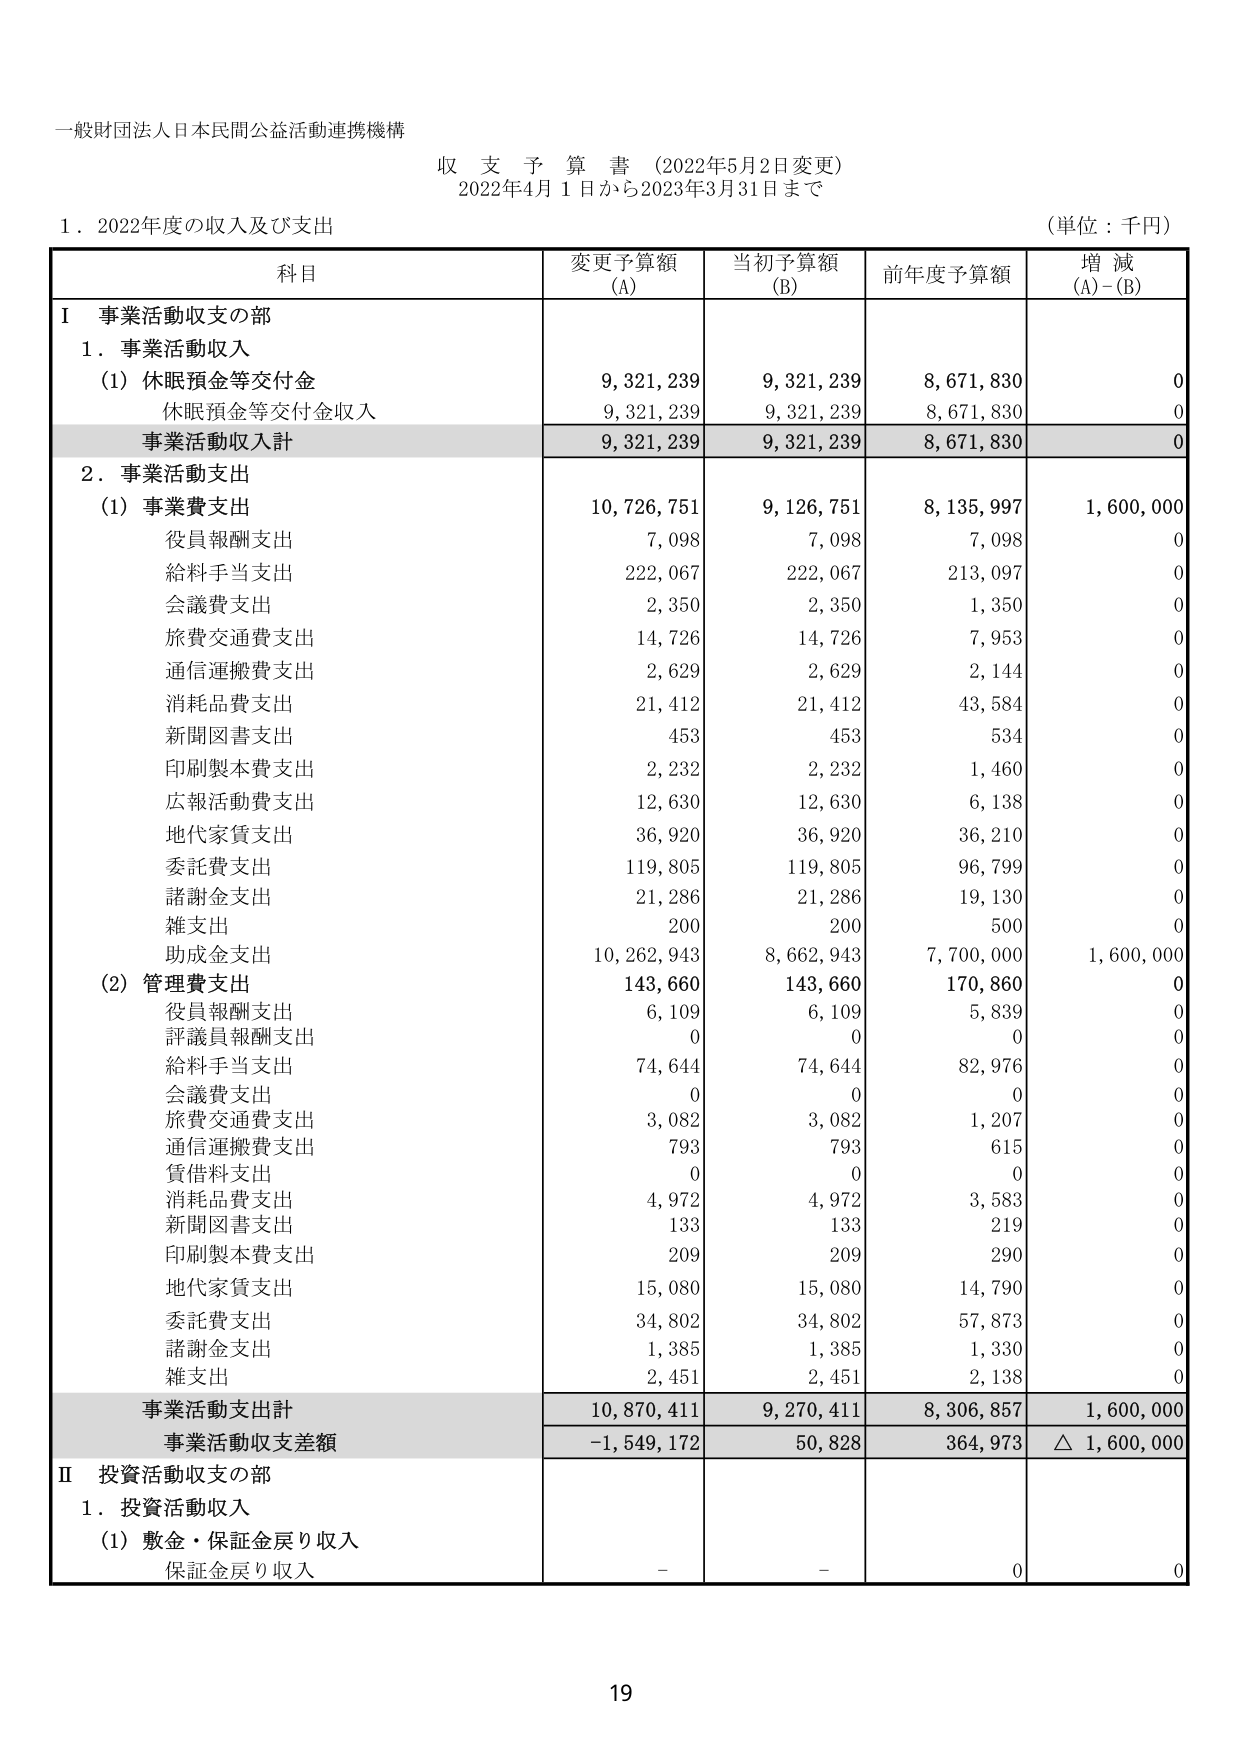
一般財団法人日本民間公益活動連携機構
収支予算書（2022年5月2日変更）
2022年4月1日から2023年3月31日まで

1．2022年度の収入及び支出
（単位：千円）

科目　　　　　　　　　　　　　　　変更予算額（A）　当初予算額（B）　前年度予算額　増減（A）-（B）

Ⅰ 事業活動収支の部
1．事業活動収入
　（1）休眠預金等交付金　　　　　　9,321,239　　　9,321,239　　　8,671,830　　　0
　　　休眠預金等交付金収入　　　　9,321,239　　　9,321,239　　　8,671,830　　　0
　事業活動収入計　　　　　　　　　9,321,239　　　9,321,239　　　8,671,830　　　0

2．事業活動支出
　（1）事業費支出　　　　　　　　　10,726,751　　　9,126,751　　　8,135,997　　　1,600,000
　　　役員報酬支出　　　　　　　　7,098　　　　　7,098　　　　　7,098　　　　　0
　　　給料手当支出　　　　　　　　222,067　　　　222,067　　　　213,097　　　　0
　　　会議費支出　　　　　　　　　2,350　　　　　2,350　　　　　1,350　　　　　0
　　　旅費交通費支出　　　　　　　14,726　　　　14,726　　　　　7,953　　　　　0
　　　通信運搬費支出　　　　　　　2,629　　　　　2,629　　　　　2,144　　　　　0
　　　消耗品費支出　　　　　　　　21,412　　　　21,412　　　　43,584　　　　　0
　　　新聞図書支出　　　　　　　　453　　　　　　453　　　　　　534　　　　　　0
　　　印刷製本費支出　　　　　　　2,232　　　　　2,232　　　　　1,460　　　　　0
　　　広報活動費支出　　　　　　　12,630　　　　12,630　　　　6,138　　　　　0
　　　地代家賃支出　　　　　　　　36,920　　　　36,920　　　　36,210　　　　　0
　　　委託費支出　　　　　　　　　119,805　　　　119,805　　　　96,799　　　　　0
　　　諸謝金支出　　　　　　　　　21,286　　　　21,286　　　　19,130　　　　　0
　　　雑支出　　　　　　　　　　　200　　　　　　200　　　　　　500　　　　　　0
　　　助成金支出　　　　　　　　　10,262,943　　　8,662,943　　　7,700,000　　　1,600,000
　（2）管理費支出　　　　　　　　　143,660　　　　143,660　　　　170,860　　　　0
　　　役員報酬支出　　　　　　　　6,109　　　　　6,109　　　　　5,839　　　　　0
　　　評議員報酬支出　　　　　　　0　　　　　　　0　　　　　　　0　　　　　　　0
　　　給料手当支出　　　　　　　　74,644　　　　74,644　　　　82,976　　　　　0
　　　会議費支出　　　　　　　　　0　　　　　　　0　　　　　　　0　　　　　　　0
　　　旅費交通費支出　　　　　　　3,082　　　　　3,082　　　　　1,207　　　　　0
　　　通信運搬費支出　　　　　　　793　　　　　　793　　　　　　615　　　　　　0
　　　賃借料支出　　　　　　　　　0　　　　　　　0　　　　　　　0　　　　　　　0
　　　消耗品費支出　　　　　　　　4,972　　　　　4,972　　　　　3,583　　　　　0
　　　新聞図書支出　　　　　　　　133　　　　　　133　　　　　　219　　　　　　0
　　　印刷製本費支出　　　　　　　209　　　　　　209　　　　　　290　　　　　　0
　　　地代家賃支出　　　　　　　　15,080　　　　15,080　　　　14,790　　　　　0
　　　委託費支出　　　　　　　　　34,802　　　　34,802　　　　57,873　　　　　0
　　　諸謝金支出　　　　　　　　　1,385　　　　　1,385　　　　　1,330　　　　　0
　　　雑支出　　　　　　　　　　　2,451　　　　　2,451　　　　　2,138　　　　　0
　事業活動支出計　　　　　　　　　10,870,411　　　9,270,411　　　8,306,857　　　1,600,000
　事業活動収支差額　　　　　　　　-1,549,172　　　50,828　　　　364,973　　　　△1,600,000

Ⅱ 投資活動収支の部
1．投資活動収入
　（1）敷金・保証金戻り収入
　　　保証金戻り収入　　　　　　　-　　　　　　　-　　　　　　　0　　　　　　　0

19